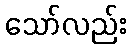
သော်လည်း